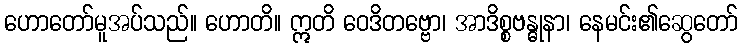
ဟောတော်မူအပ်သည်။ ဟောတိ။ ဣတိ ဝေဒိတဗ္ဗော၊ အာဒိစ္စဗန္ဓုနာ၊ နေမင်း၏ဆွေတော်